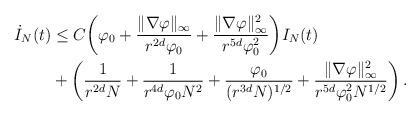
LaTeX: \begin{align*}\dot I_N(t) & \le C \bigg( \varphi_0 + \frac{\|\nabla\varphi\|_\infty}{r^{2d}\varphi_0} + \frac{\|\nabla\varphi\|_\infty^2}{r^{5d}\varphi_0^2} \bigg) I_N(t) \\ & + \bigg(\frac{1}{r^{2d} N} + \frac{1}{r^{4d}\varphi_0 N^2} + \frac{\varphi_0}{(r^{3d} N)^{1/2}} + \frac{\|\nabla\varphi\|_\infty^2}{r^{5d} \varphi_0^2 N^{1/2}} \bigg)\,.\end{align*}